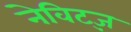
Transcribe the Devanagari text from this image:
नेविट्ज़